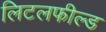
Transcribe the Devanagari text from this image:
लिटलफील्ड